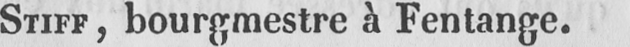
STIFF, bourgmestre à Fentange.